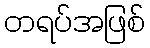
တရပ်အဖြစ်